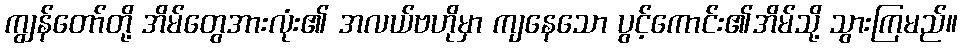
ကျွန်တော်တို့ အိမ်တွေအားလုံး၏ အလယ်ဗဟိုမှာ ကျနေသော ပွင့်ကောင်း၏အိမ်သို့ သွားကြမည်။